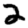
Digit: 2